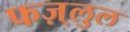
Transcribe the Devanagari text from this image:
फज़्लुल